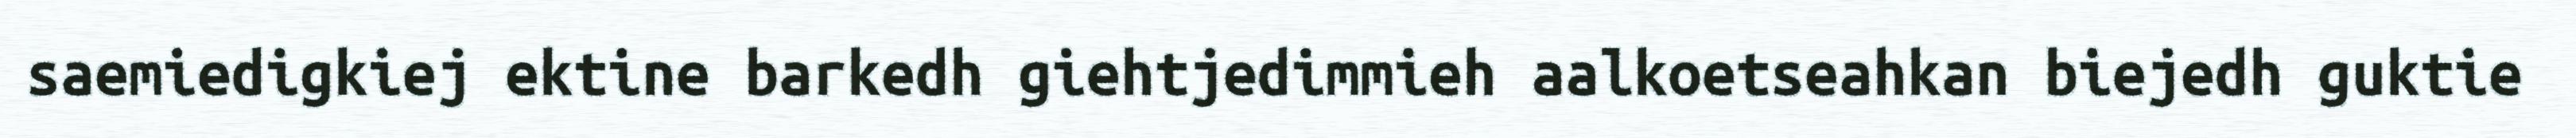
saemiedigkiej ektine barkedh giehtjedimmieh aalkoetseahkan biejedh guktie